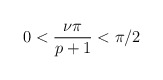
\begin{align*}0<\displaystyle\frac{\nu \pi }{p+1}<\pi /2\end{align*}